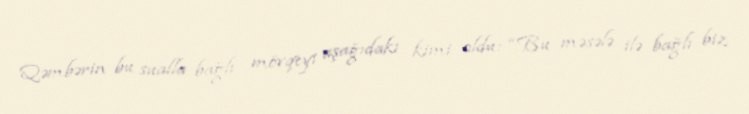
Qəmbərin bu sualla bağlı mövqeyi aşağıdakı kimi oldu: “Bu məsələ ilə bağlı biz